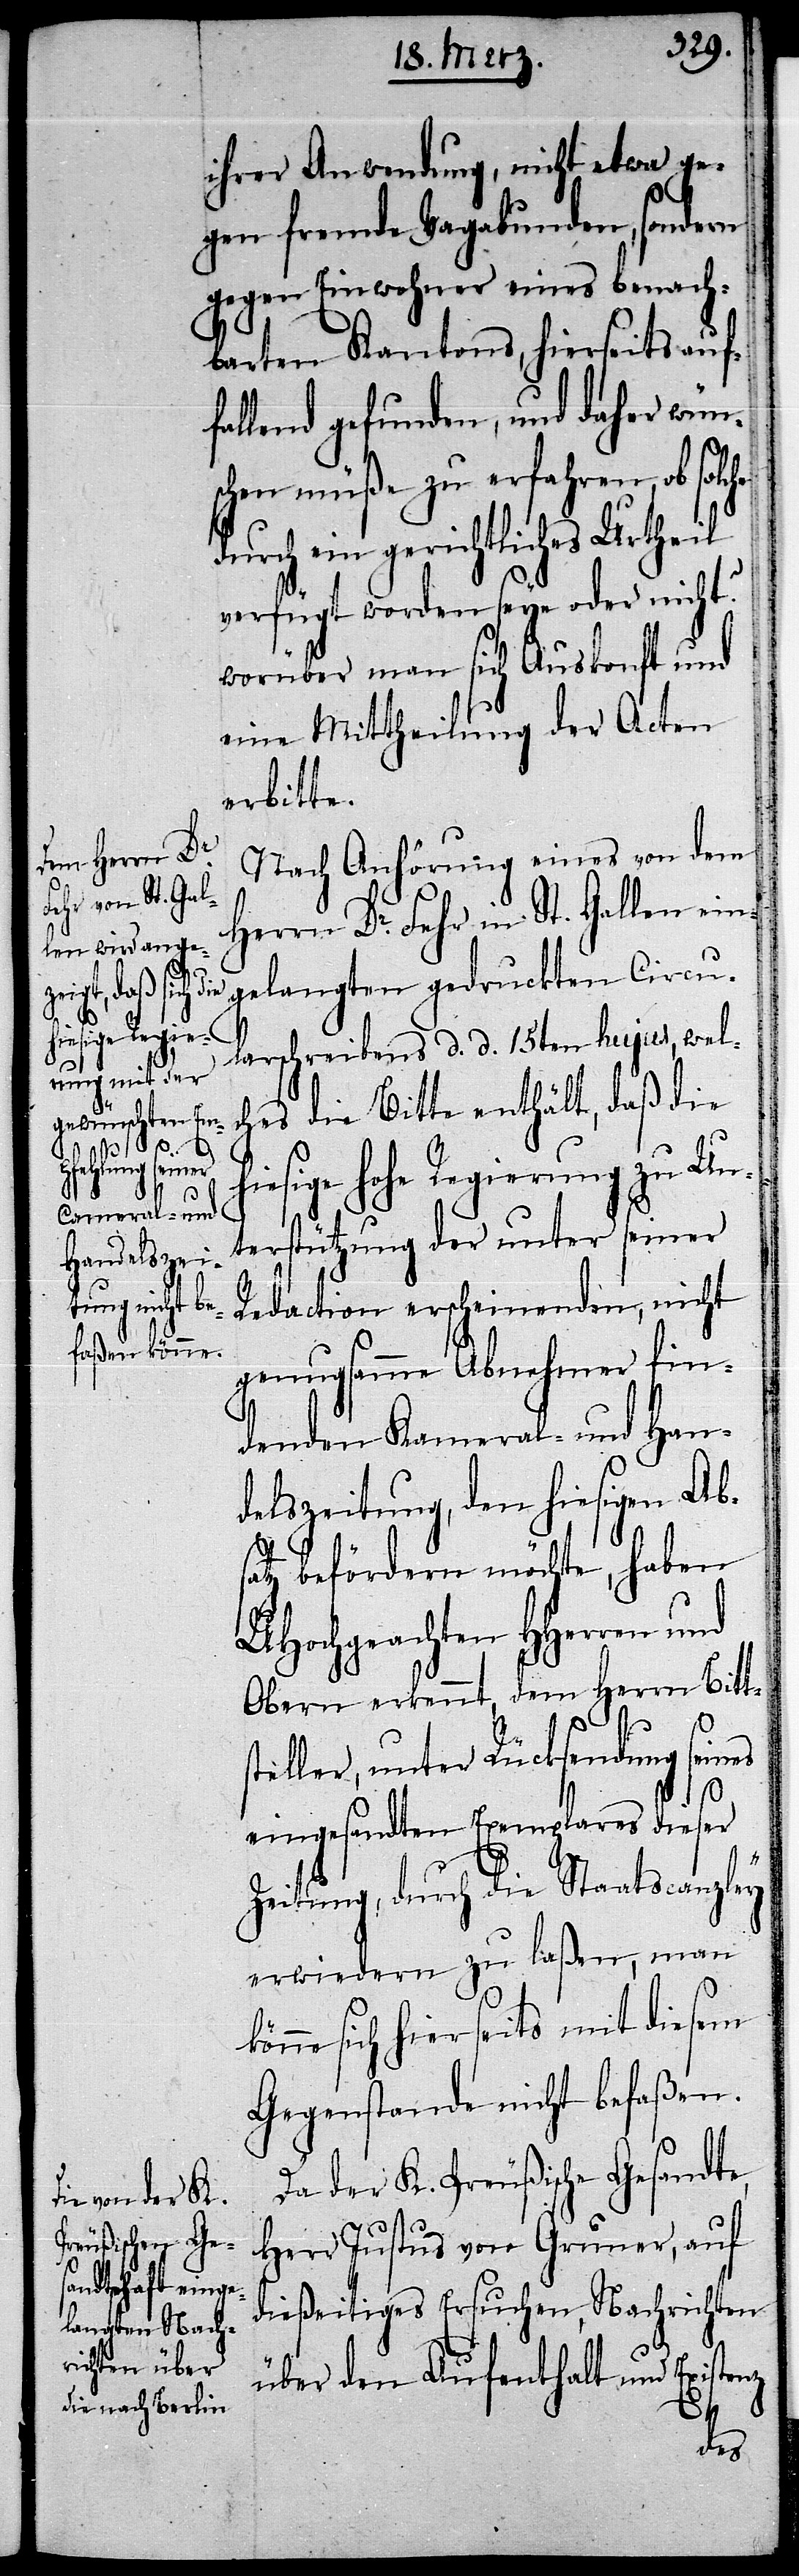
k¬
es Urtheil

ihrer Anwendung, nicht etwa ge¬
gen fremde Vagabunden, sondern
gegen Einwohner eines benach¬
barten Kantons, hierseits auf¬
fallend gefunden, und daher wün¬
che durch ein gerichtlich¬
verfügt worden seye oder nicht?
worüber man sich Auskunft und
eine Mittheilung der Acten
erbitte.
Nach Anhörung eines von dem
Herrn Dr. Fehr in St. Gallen ein¬
gelangten gedruckten Circu¬
larschreibens d. d. 15ten hujus, wel¬
ches die Bitte enthält, daß die
iesige hohe Regierung zu Un¬
terstützung der unter seiner
Redaction erscheinenden, nicht
genugsamme Abnehmer fin¬
denden Kameral- und Han¬
delszeitung, den hiesigen Ab¬
satz befördern möchte, haben
UHochgeachten HHerren und
Obern erkennt, dem Herrn Bitts¬
teller, unter Rücksendung sein¬
eingesandten Exemplares dieser
Zeitung, durch die Staatscanzley
erwiedern zu laßen, man
önne sich hierseits mit diesem
Gegenstande nicht befaßen.
Da der K. Preußische Gesandte,
Herr Justus von Gruner, auf
dießeitiges Ersuchen, Nachrichten
über den Aufenthalt und Exist¬
enz